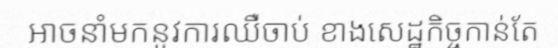
អាចនាំមកនូវការឈឺចាប់ ខាងសេដ្ឋកិច្ចកាន់តែ